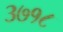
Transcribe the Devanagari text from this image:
३७१८